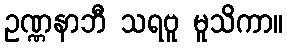
ဥဏ္ဏနာဘီ သရဗူ မူသိကာ။